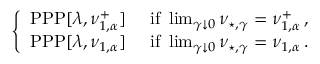
\left\{ \begin{array} { l l } { \mathrm { P P P } [ \lambda , \nu _ { 1 , \alpha } ^ { + } ] } & { \mathrm { ~ i f ~ } \operatorname* { l i m } _ { \gamma \downarrow 0 } \nu _ { \star , \gamma } = \nu _ { 1 , \alpha } ^ { + } \, , } \\ { \mathrm { P P P } [ \lambda , \nu _ { 1 , \alpha } ] } & { \mathrm { ~ i f ~ } \operatorname* { l i m } _ { \gamma \downarrow 0 } \nu _ { \star , \gamma } = \nu _ { 1 , \alpha } \, . } \end{array} \right.